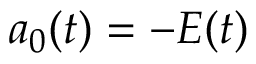
\boldsymbol { a } _ { 0 } ( t ) = - \boldsymbol { E } ( t )